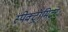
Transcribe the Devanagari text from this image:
स्पेक्ट्रॉमिटर